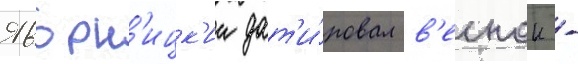
Яворн'ицк'ии дат'и́ровал в'еснои -